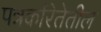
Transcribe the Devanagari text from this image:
पत्रकरितेतील